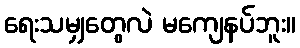
ရေးသမျှတွေလဲ မကျေနပ်ဘူး။